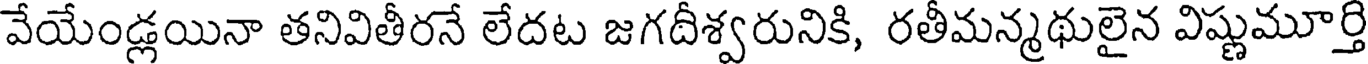
వేయేండ్లయినా తనివితీరనే లేదట జగదీశ్వరునికి, రతీమన్మథులైన విష్ణుమూర్తి